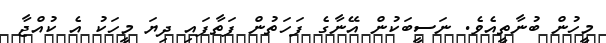
މީހުން ބުނާތީއެވެ. ނަސީބަކުން އޭނާގެ ފަހަތުން ފަތާފައި ދިޔަ މީހަކު އެ ކުއްޖާ